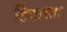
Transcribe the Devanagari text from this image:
हिदास्ता